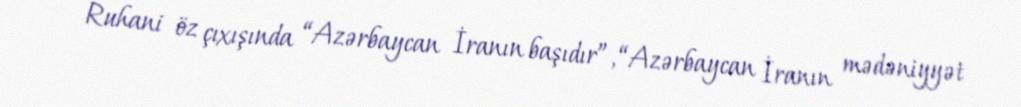
Ruhani öz çıxışında “Azərbaycan İranın başıdır”, “Azərbaycan İranın mədəniyyət